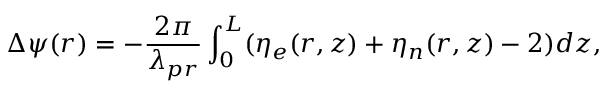
\Delta \psi ( r ) = - \frac { 2 \pi } { \lambda _ { p r } } \int _ { 0 } ^ { L } ( \eta _ { e } ( r , z ) + \eta _ { n } ( r , z ) - 2 ) d z ,